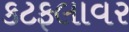
કટફલાવર